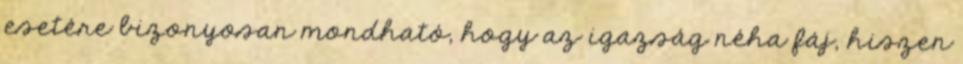
esetére bizonyosan mondható, hogy az igazság néha fáj, hiszen